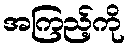
အကြည့်ကို